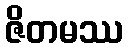
ဇိတမဿ